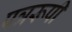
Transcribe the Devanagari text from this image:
पत्ररूपी